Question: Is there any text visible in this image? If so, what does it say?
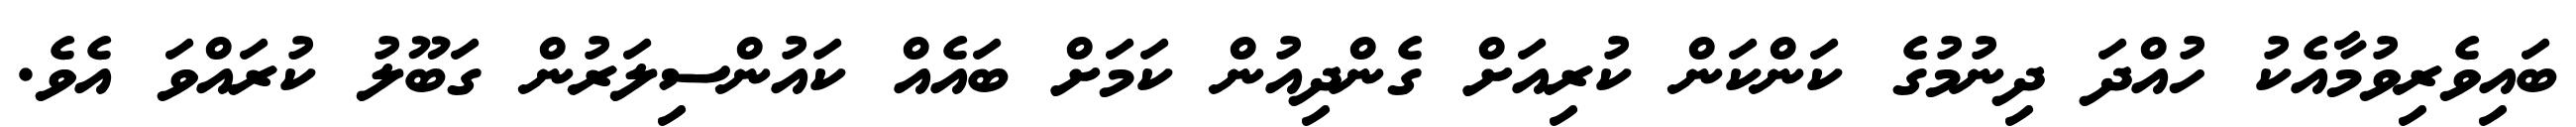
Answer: ބައިވެރިވުމާއެކު ހުއްދަ ދިނުމުގެ ކަންކަން ކުރިއަށް ގެންދިއުން ކަމަށް ބައެއް ކައުންސިލަރުން ގަބޫލު ކުރައްވަ އެވެ.